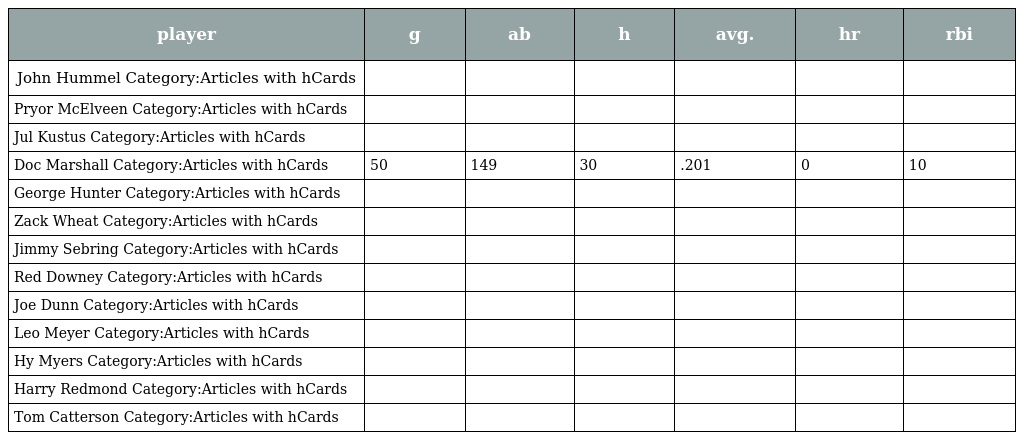
| player | g | ab | h | avg. | hr | rbi |
 | --- | --- | --- | --- | --- | --- | --- |
 | John Hummel Category:Articles with hCards |  |  |  |  |  |  |
 | Pryor McElveen Category:Articles with hCards |  |  |  |  |  |  |
 | Jul Kustus Category:Articles with hCards |  |  |  |  |  |  |
 | Doc Marshall Category:Articles with hCards | 50 | 149 | 30 | .201 | 0 | 10 |
 | George Hunter Category:Articles with hCards |  |  |  |  |  |  |
 | Zack Wheat Category:Articles with hCards |  |  |  |  |  |  |
 | Jimmy Sebring Category:Articles with hCards |  |  |  |  |  |  |
 | Red Downey Category:Articles with hCards |  |  |  |  |  |  |
 | Joe Dunn Category:Articles with hCards |  |  |  |  |  |  |
 | Leo Meyer Category:Articles with hCards |  |  |  |  |  |  |
 | Hy Myers Category:Articles with hCards |  |  |  |  |  |  |
 | Harry Redmond Category:Articles with hCards |  |  |  |  |  |  |
 | Tom Catterson Category:Articles with hCards |  |  |  |  |  |  |